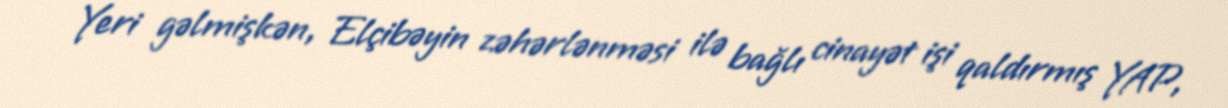
Yeri gəlmişkən, Elçibəyin zəhərlənməsi ilə bağlı cinayət işi qaldırmış YAP,